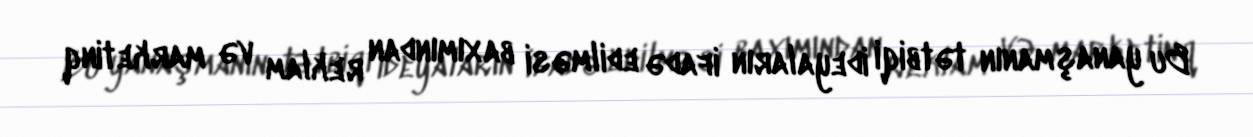
Bu yanaşmanın tətbiqi ideyaların ifadə edilməsi baxımından reklam və marketinq